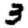
Digit: 3